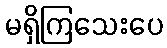
မရှိကြသေးပေ